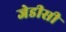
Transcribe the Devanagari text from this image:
जेडीसी